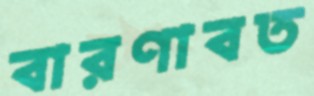
বারণাবত